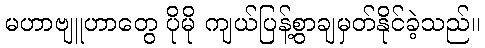
မဟာဗျူဟာတွေ ပိုမို ကျယ်ပြန့်စွာချမှတ်နိုင်ခဲ့သည်။